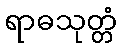
ရာဓသုတ္တံ